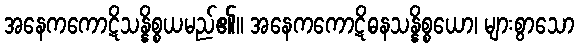
အနေကကောဋိသန္နိစ္စယမည်၏။ အနေကကောဋိဓနသန္နိစ္စယော၊ များစွာသော